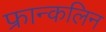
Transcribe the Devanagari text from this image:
फ्रान्कलिन